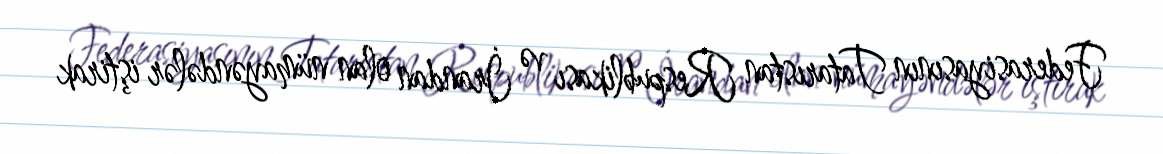
Federasiyasının Tatarıstan Respublikası və İrandan olan nümayəndələr iştirak